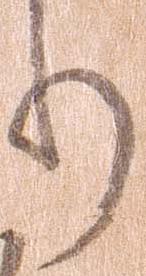
り